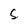
Character: S